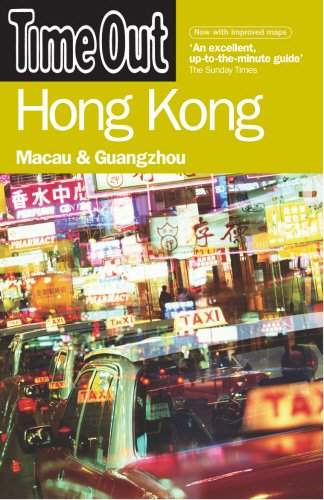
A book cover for Time Out Hong Kong: Macau and Guangzhou (Time Out Guides); Time Out; Travel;